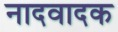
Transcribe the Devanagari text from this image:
नादवादक